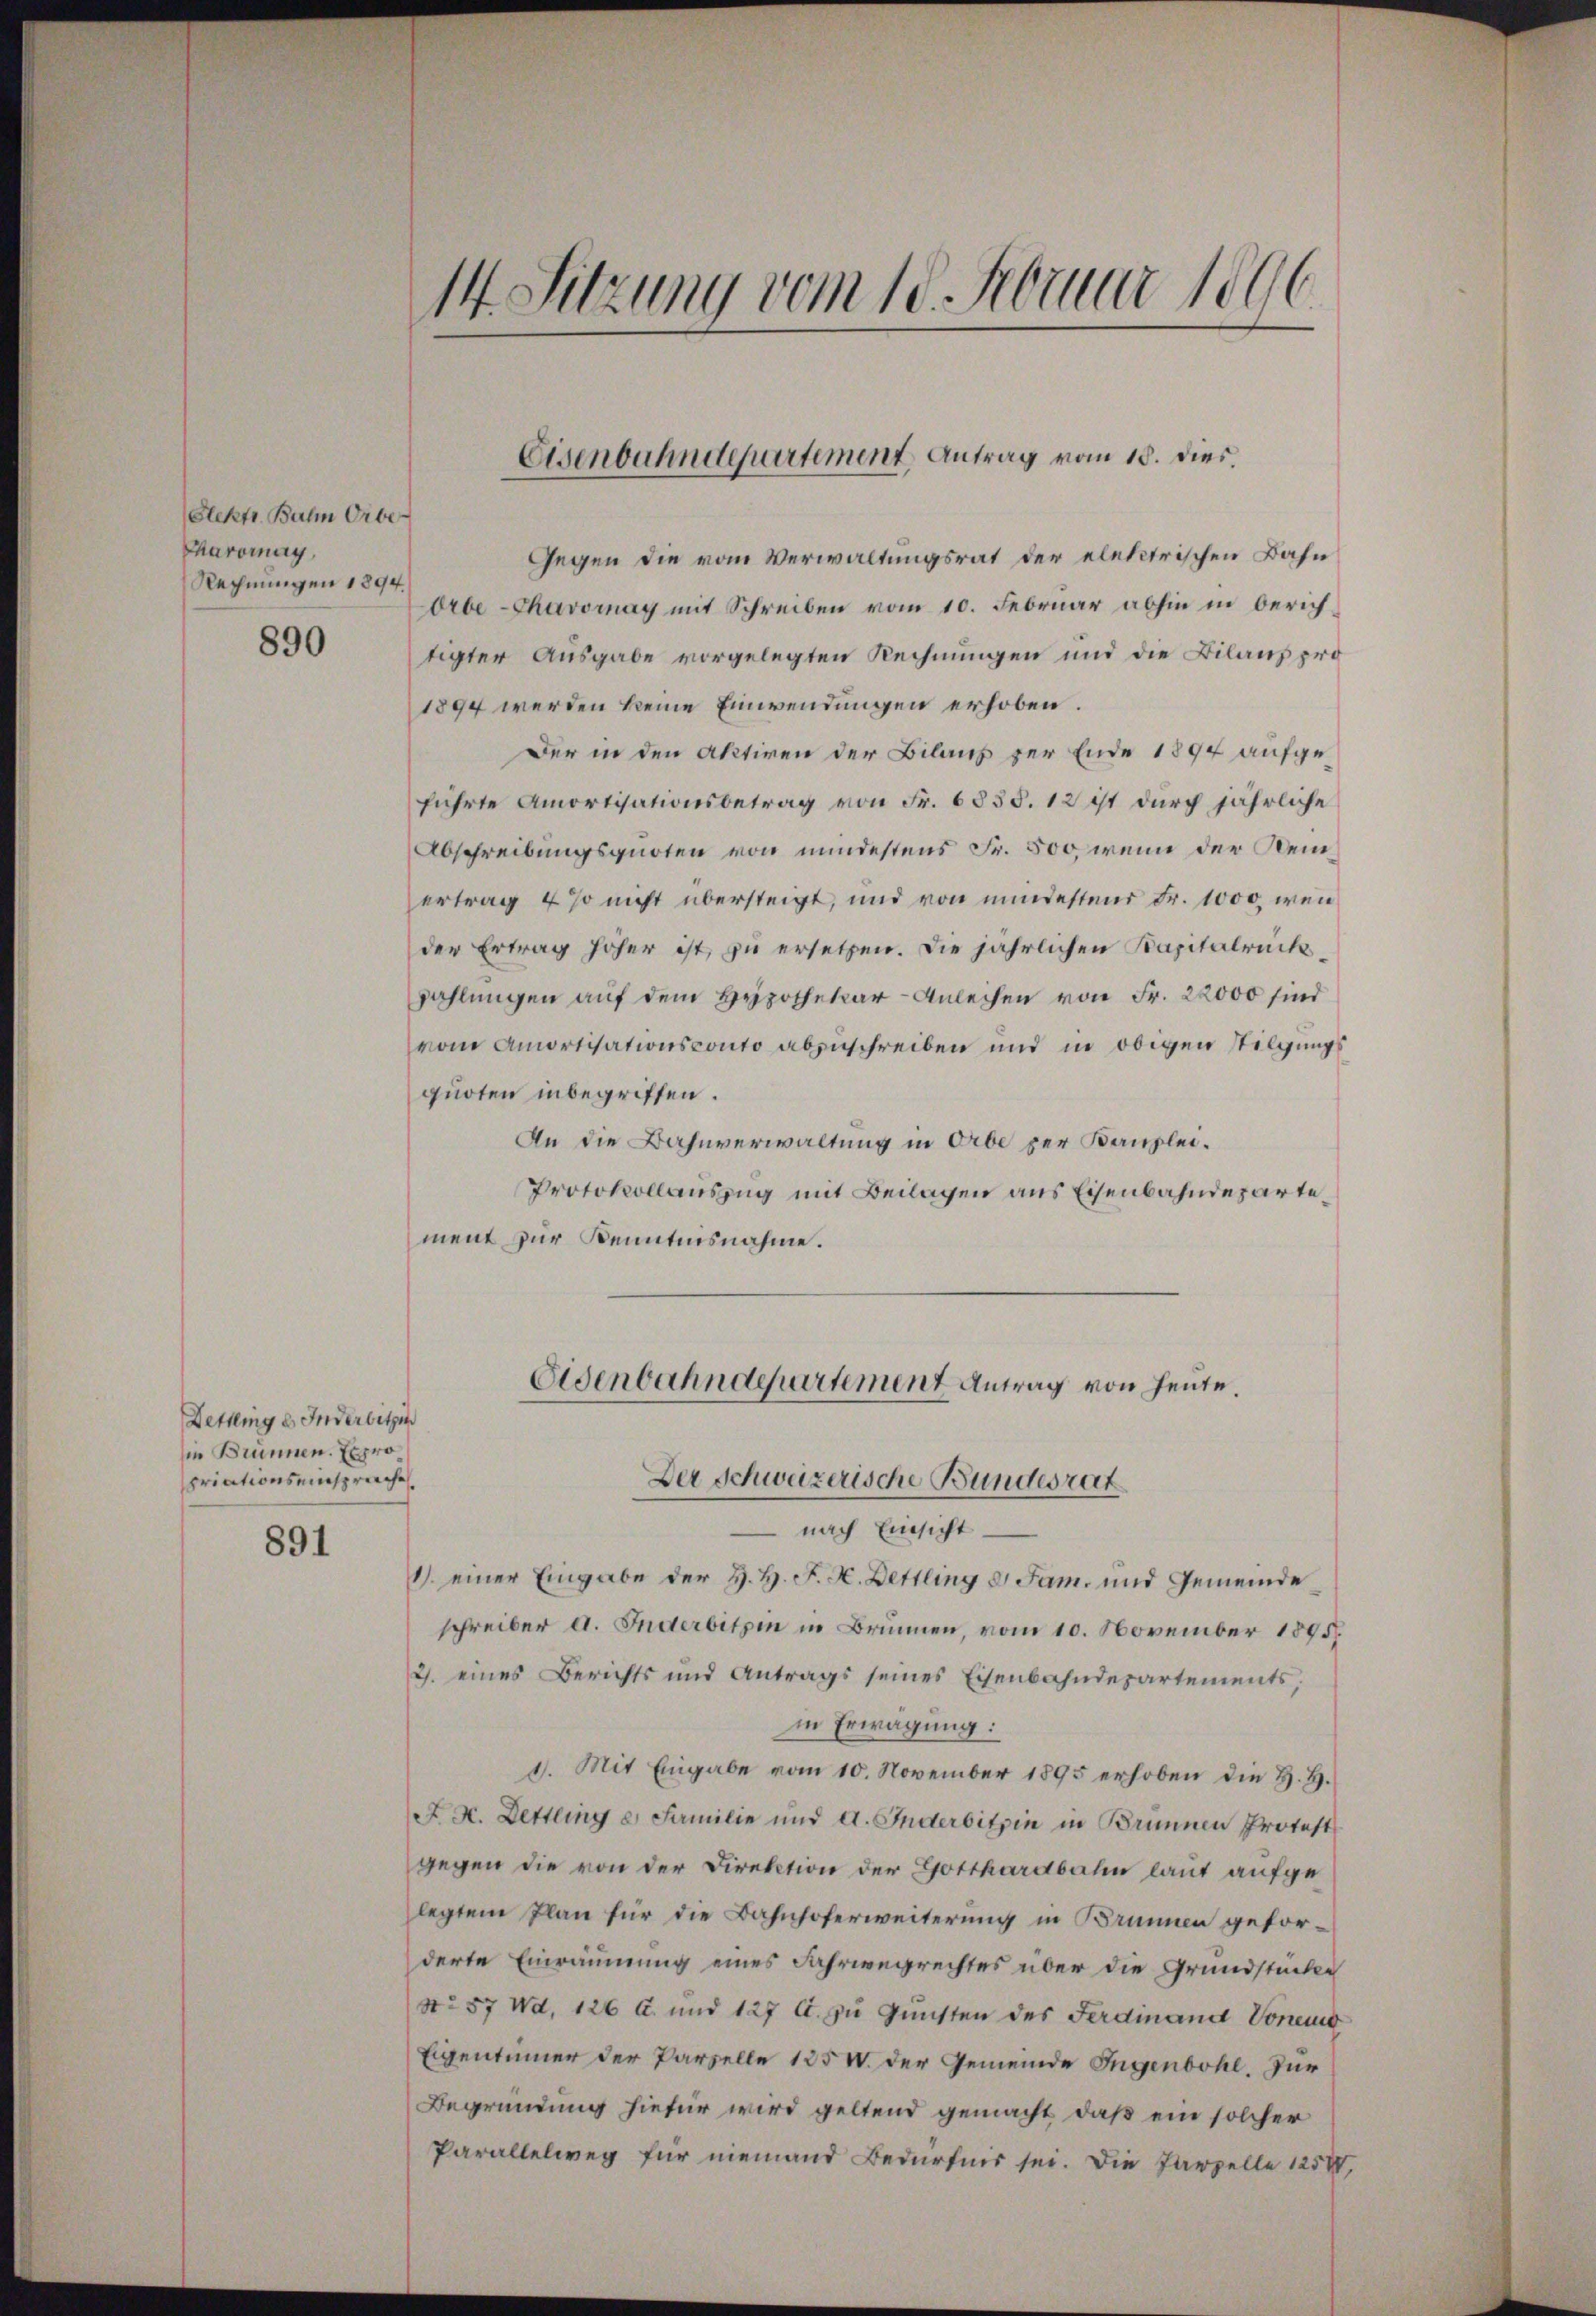
Slektr. Balm Orbe
Charomay
Rechnungen 1894.
890

Gegen die vom Verwaltungsrat der elektrischen Bahn
Orbe-Chavornay mit Schreiben vom 10. Februar abhin in berichtigter Ausgabe vorgelegten Rechnungen und die Bilans pro
1894 werden keine Einwendungen erhoben.
Der in den Aktiven der Bilaus zur Ende 1894 aufgeführte Amortisationsbetrag von Fr. 6835. 12 ist durch jährliche
Abschreibungsquoten von mindestens Fr. 500, wenn der Kemertrag 4 so nicht übersteigt, und von mindestend Fr. 1000, wen
der Ertrag höher ist, zu ersetzen. Die jährlichen Kapitalrückzahlungen auf dem Hypothekar-Anleihen von Fr. 22000 sind
vom Amortisationsconto abzuschreiben und in obigen Stilgungsquoten inbegriffen.
An die Bahnverwaltung in Orbe per Kanzlei¬
Protokollauszug mit Beilagen aus Eisenbahndepartement zur Kenntnisnahme.
Eisenbahndepartement Antrag von heute.
Der Schweizerische Bundesrat
 nach Einsicht
1) einer Eingabe der H. H. F. H. Bettling 2 Jam. und Gemeinde
schreiber a. Inderbitzin in Brunnen, vom 10. November 1895.
2. eines Berichts und Antrags seines Eisenbahndepartements,
in Erwägung:
1. Mit Eingabe vom 10. November 1895 erhoben die H. H.
A. H. Dettling e Familie und a. Inderbitzin in Brunnen Protest
gegen die von der Direktion der Gotthardbahn laut aufgelegtem Plan für die Bahnhoferweiterung in Brunnen geforderte Einräumung eines Fahrwegrechtes über die Grundstücken
No 57 Wd, 126 l. und 127 C. zu Gunsten des Ferdinand Voneng
Eigentümer der Parzelle 125 V. der Gemeinde Ingenbohl. Dur
Begründung hiefür wird geltend gemacht, daß ein solcher
Parallelweg für niemand Bedürfnis sei. Die Parzelle 1250,

Dettling es Inderbitzin
sie Brunnen. Expro
priationseinspruche

891

14 Sitzung vom 18. Februar 1896

Eisenbahndepartement Antrag vom 18. dies.